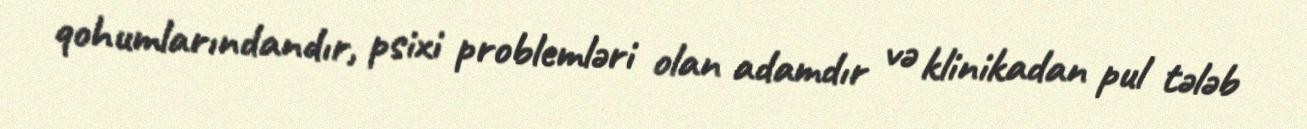
qohumlarındandır, psixi problemləri olan adamdır və klinikadan pul tələb